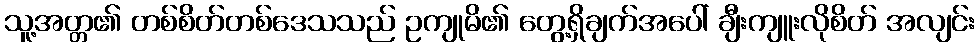
သူ့အတ္တ၏ တစ်စိတ်တစ်ဒေသသည် ဥကျုမိ၏ တွေ့ရှိချက်အပေါ် ချီးကျူးလိုစိတ် အလျင်း